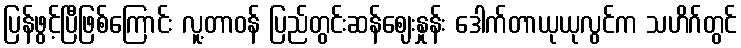
ပြန်ဖွင့်ပြီဖြစ်ကြောင်း လူ့တာဝန် ပြည်တွင်းဆန်ဈေးနှုန်း ဒေါက်တာယုယုလွင်က သဟိဂ်တွင်